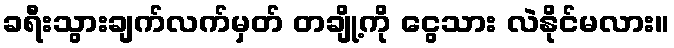
ခရီးသွားချက်လက်မှတ် တချို့ကို ငွေသား လဲနိုင်မလား။